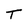
Character: T